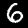
Label: 6